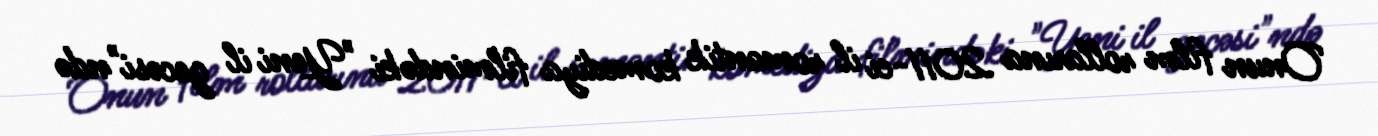
Onun film rollarına 2011-ci il romantik komediya filmindəki "Yeni il gecəsi"ndə